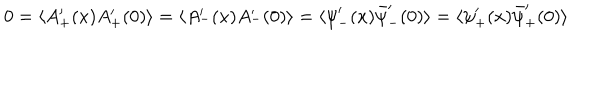
LaTeX: 0 = \langle A _ { + } ^ { \prime } ( x ) A _ { + } ^ { \prime } ( 0 ) \rangle = \langle A _ { - } ^ { \prime } ( x ) A _ { - } ^ { \prime } ( 0 ) \rangle = \langle { \psi } _ { - } ^ { \prime } ( x ) \bar { \psi } _ { - } ^ { \prime } ( 0 ) \rangle = \langle { \psi } _ { + } ^ { \prime } ( x ) \bar { \psi } _ { + } ^ { \prime } ( 0 ) \rangle